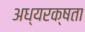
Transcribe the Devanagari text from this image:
अध्यरक्षता